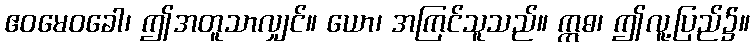
ဧဝမေဝခေါ၊ ဤအတူသာလျှင်။ ယော၊ အကြင်သူသည်။ ဣဓ၊ ဤလူ့ပြည်၌။